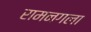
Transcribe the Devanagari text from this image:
रामनगला